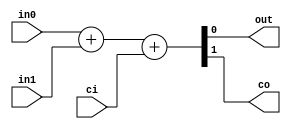
module TC_Add (in0, in1, ci, out, co);
    parameter UUID = 0;
    parameter NAME = "";
    parameter BIT_WIDTH = 1;
    input [BIT_WIDTH-1:0] in0;
    input [BIT_WIDTH-1:0] in1;
    input ci;
    output [BIT_WIDTH-1:0] out;
    output co;

    assign {co, out} = in0 + in1 + ci;
endmodule